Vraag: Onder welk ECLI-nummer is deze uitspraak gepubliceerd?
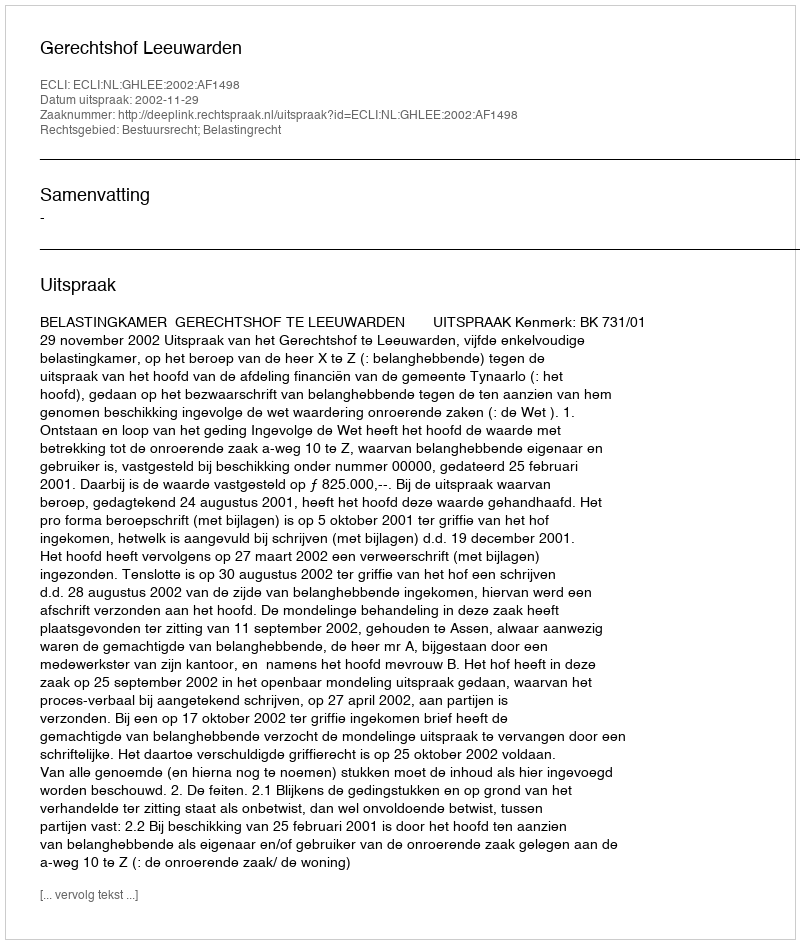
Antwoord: ECLI:NL:GHLEE:2002:AF1498